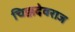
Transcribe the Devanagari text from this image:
चिक्कदेवराज